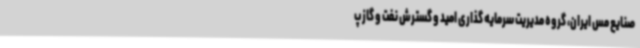
صنایع مس ایران، گروه مدیریت سرمایه گذاری امید و گسترش نفت و گاز پ